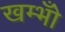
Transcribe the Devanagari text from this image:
खम्भोँ